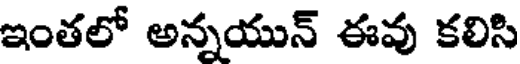
ఇంతలో అన్నయున్ ఈవు కలిసి